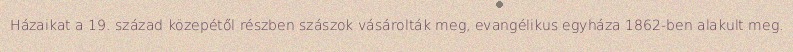
Házaikat a 19. század közepétől részben szászok vásárolták meg, evangélikus egyháza 1862-ben alakult meg.